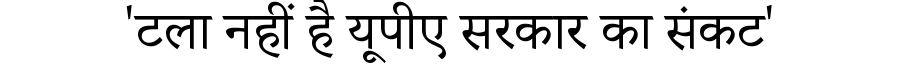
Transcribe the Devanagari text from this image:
'टला नहीं है यूपीए सरकार का संकट'